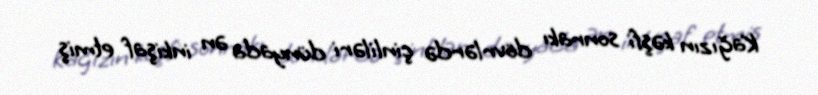
Kağızın kəşfi sonrakı dövrlərdə çinliləri dünyada ən inkişaf etmiş